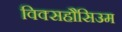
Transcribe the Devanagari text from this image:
विक्सहौसिउम